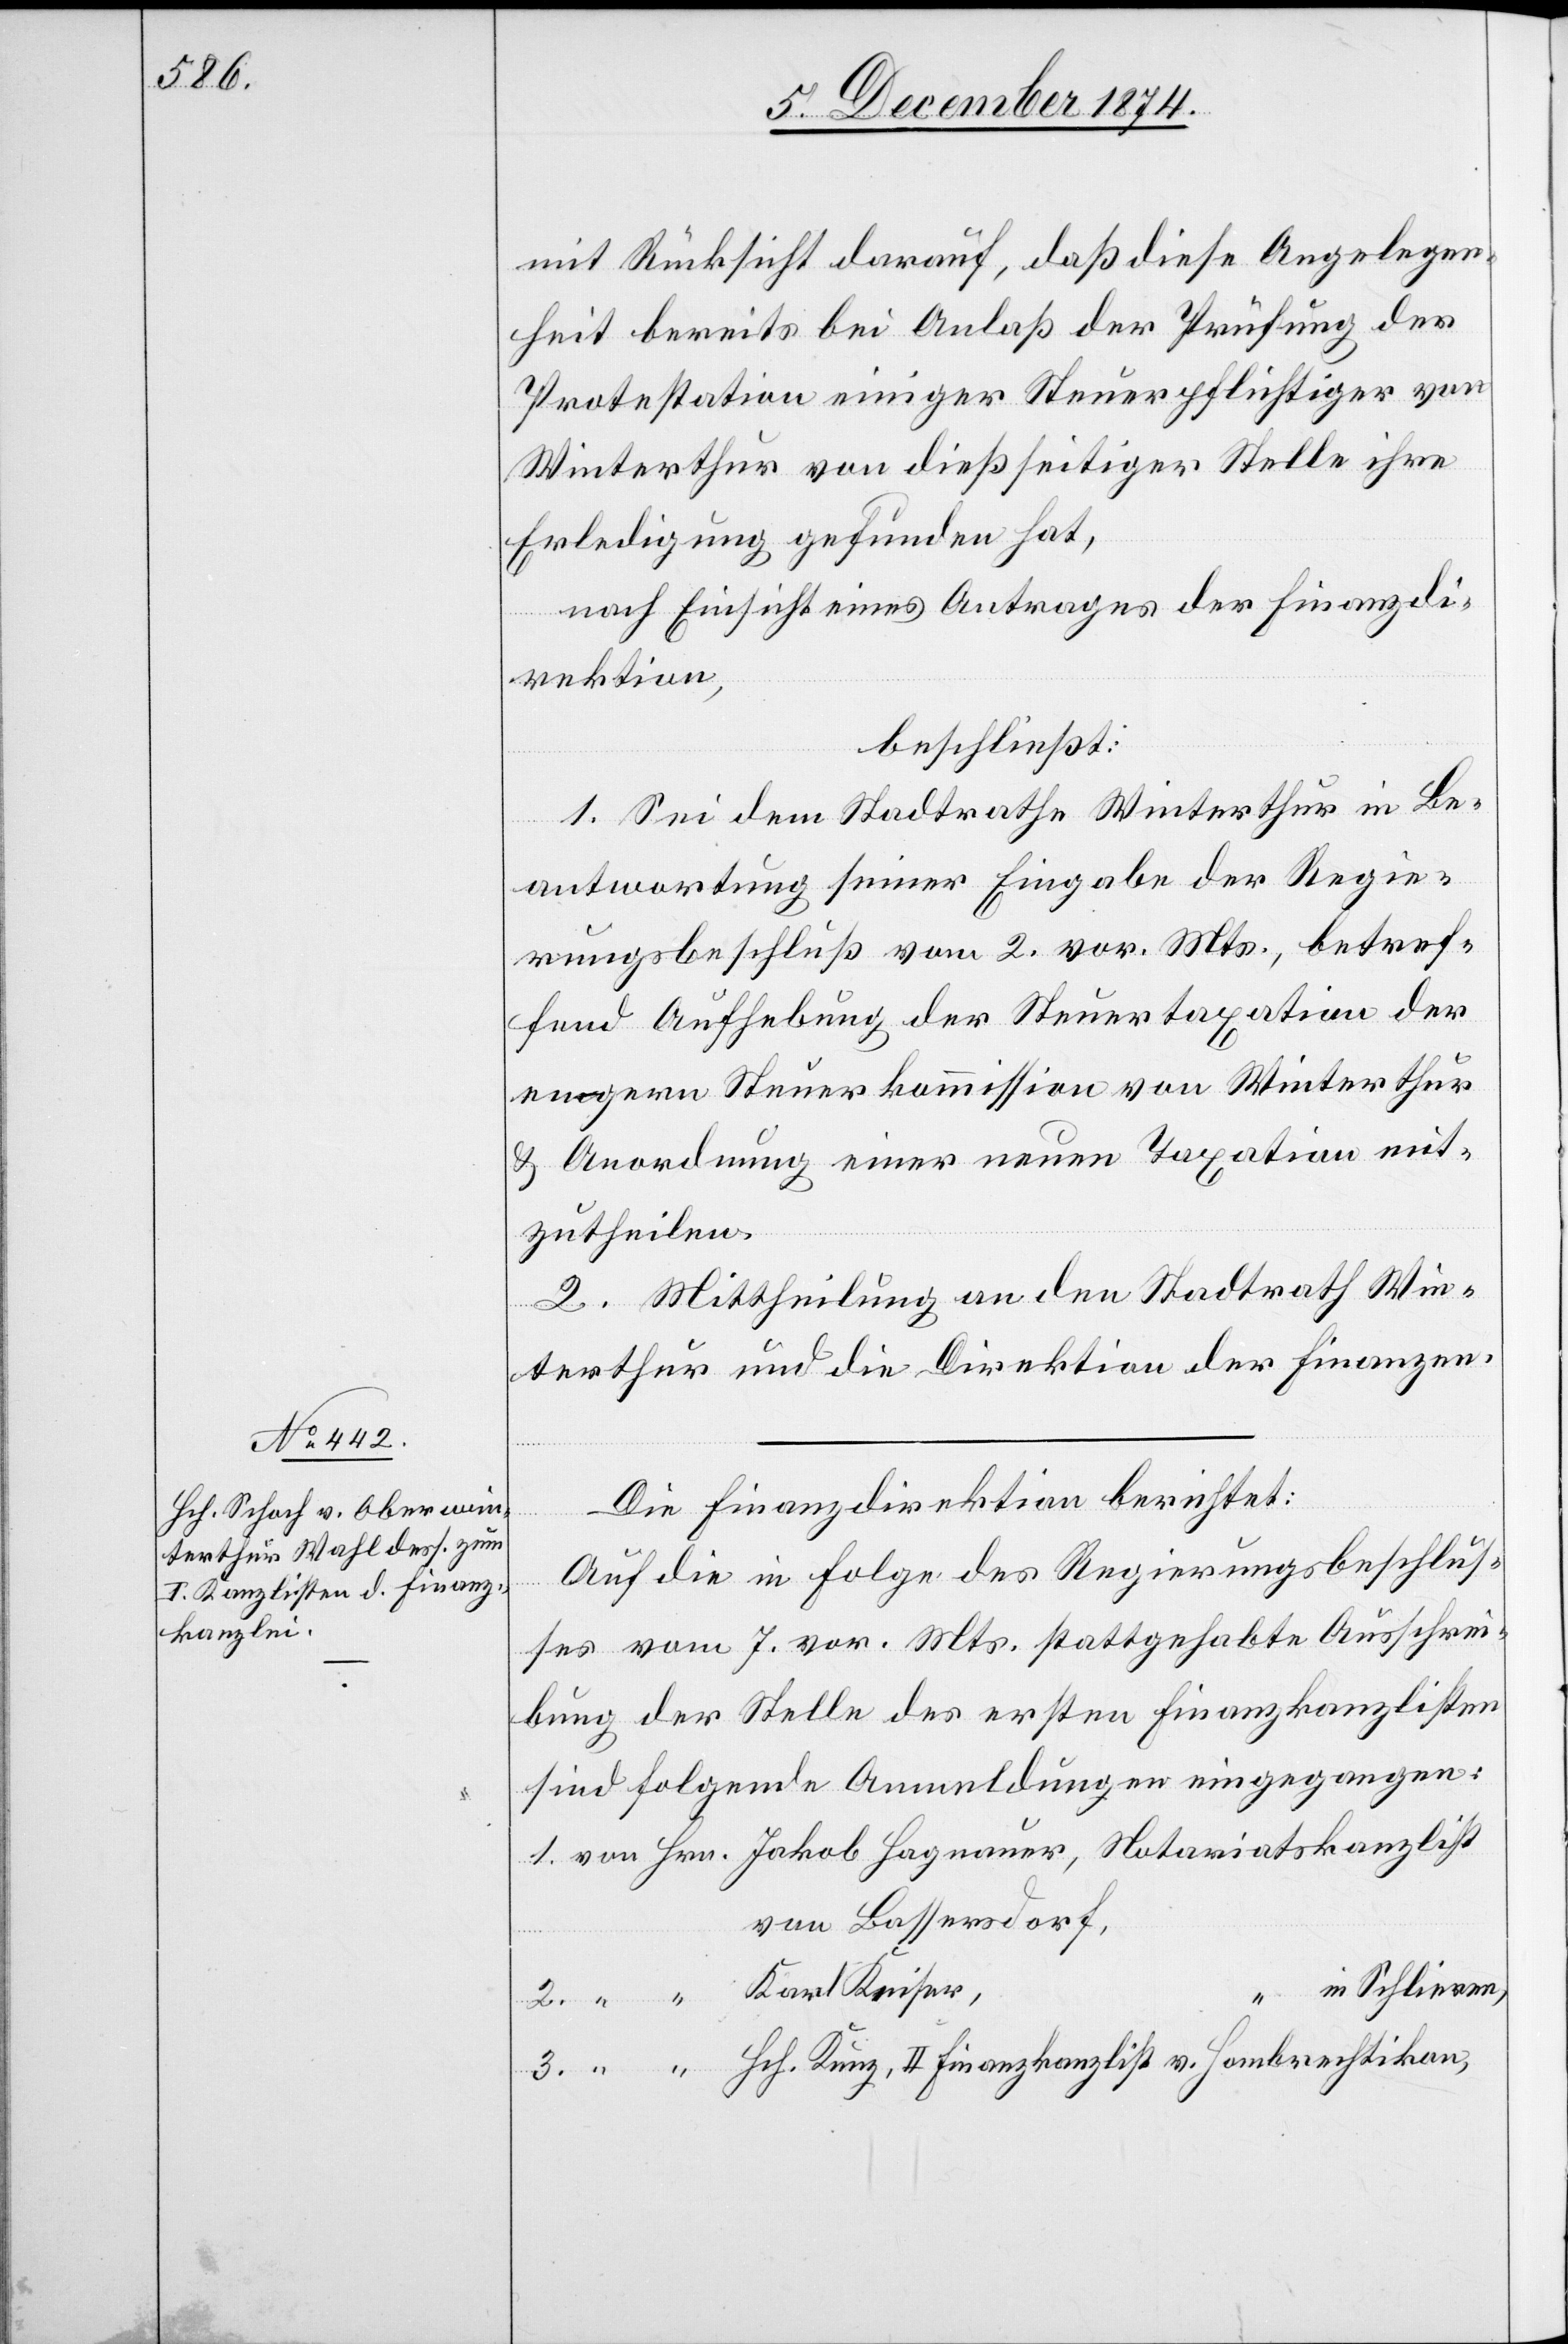
mit Rücksicht darauf, daß diese Angelegen¬
heit bereits bei Anlaß der Prüfung der
Protestation einiger Steuerpflichtiger von
Winterthur von dießseitiger Stelle ihre
Erledigung gefunden hat,
nach Einsicht eines Antrages der Finanzdi¬
rektion,
beschließt:
1. Sei dem Stadtrathe Winterthur in Be¬
antwortung seiner Eingabe der Regie¬
rungsbeschluß vom 2. vor. Mts., betref¬
fend Aufhebung der Steuertaxation der
engern Steuerkommission von Winterthur
& Anordnung einer neuen Taxation mit¬
zutheilen.
2. Mittheilung an den Stadtrath Win¬
terthur und die Direktion der Finanzen.
3.
Die Finanzdirektion berichtet:
Auf die in Folge des Regierungsbeschlus¬
ses vom 7. vor. Mts. stattgehabte Ausschrei¬
bung der Stelle des ersten Finanzkanzlisten
sind folgende Anmeldungen eingegangen:
von Bassersdorf,
in Schlieren,
v.